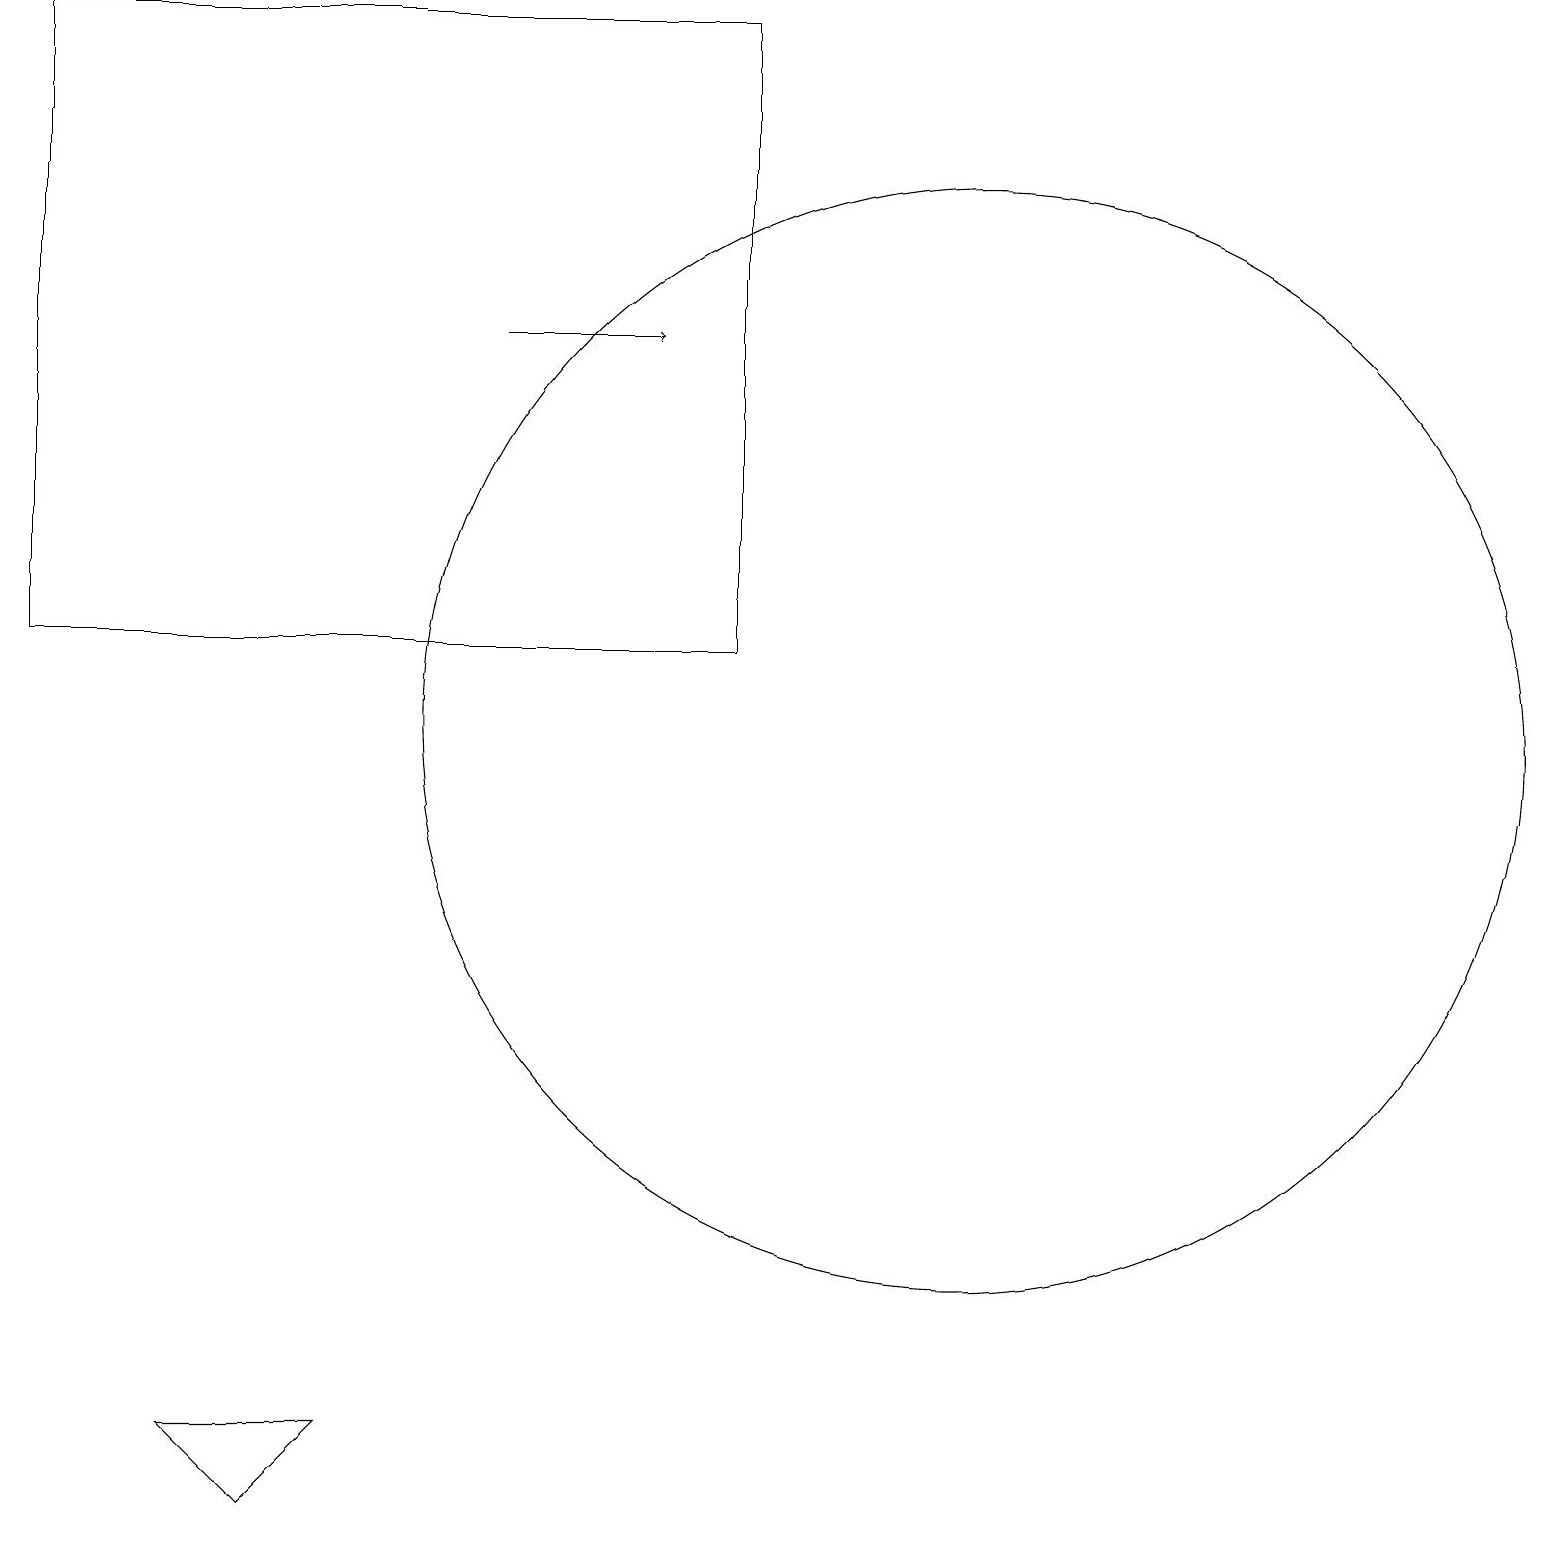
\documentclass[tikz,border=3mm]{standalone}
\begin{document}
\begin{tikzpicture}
\draw[->] (6,15) -- (8,15);
\draw (12,10) circle (7);
\draw (9,19) rectangle (0,11);
\draw (3,0) -- (4,1) -- (2,1) -- cycle;
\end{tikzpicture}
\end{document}